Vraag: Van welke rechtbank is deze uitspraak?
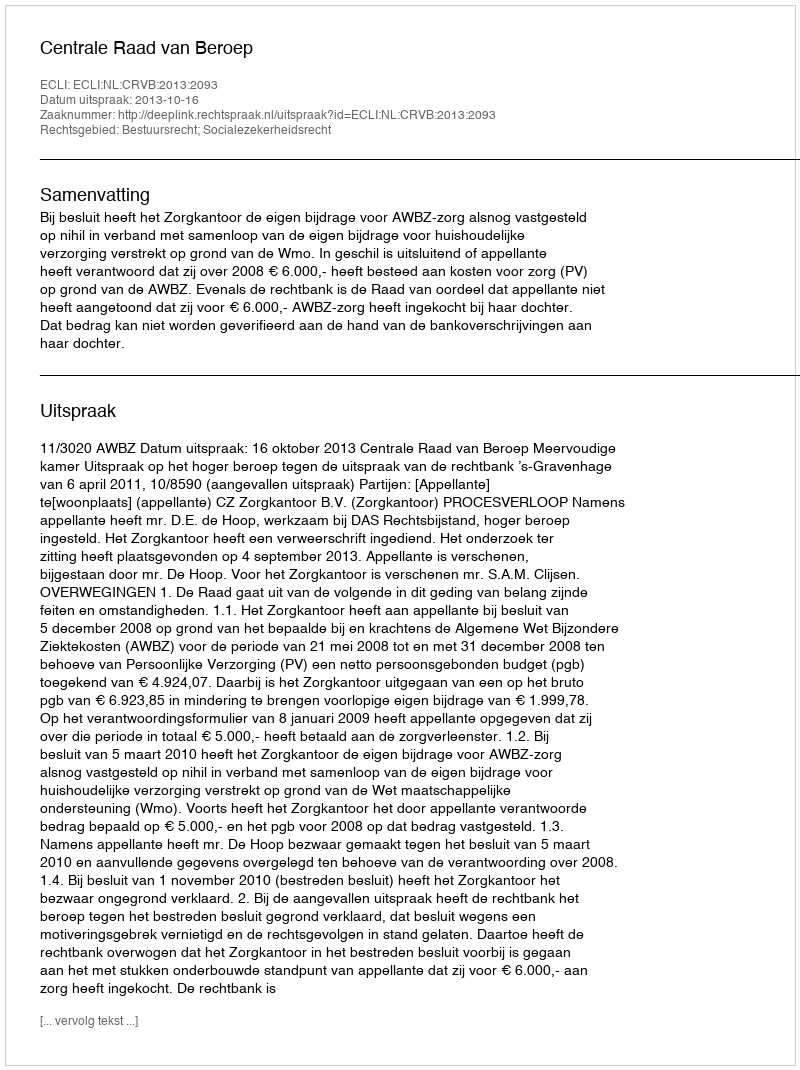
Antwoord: Centrale Raad van Beroep